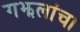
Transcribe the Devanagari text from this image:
गझलांचा